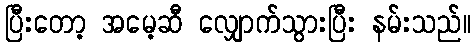
ပြီးတော့ အမေ့ဆီ လျှောက်သွားပြီး နမ်းသည်။